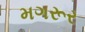
મગરૂર